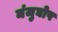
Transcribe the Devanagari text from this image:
मंजुघोष